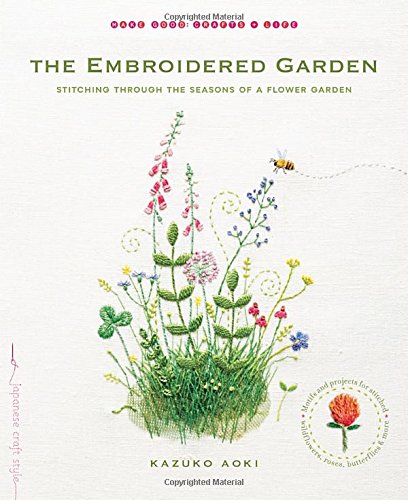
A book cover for The Embroidered Garden: Stitching through the Seasons of a Flower Garden (Make Good: Crafts + Life); Kazuko Aoki; Crafts, Hobbies & Home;